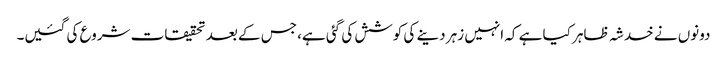
دونوں نے خدشہ ظاہر کیا ہے کہ انہیں زہر دینے کی کوشش کی گئی ہے، جس کے بعد تحقیقات شروع کی گئیں۔